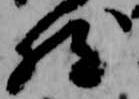
然